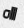
اااه